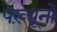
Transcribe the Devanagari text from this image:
पख़्यूनों